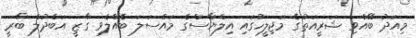
މިއަދު ބޭއްވި ޝަރީއަތުގެ މަޖިލީހުގައި އިލްޔާސްގެ މައްސަލަ ބެެއްލެވި ގާޒީ އަބްދުލް ބާރީ